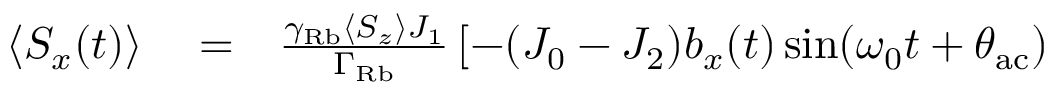
\begin{array} { r l r } { \langle S _ { x } ( t ) \rangle } & { { } = } & { \frac { \gamma _ { \mathrm { R b } } \langle S _ { z } \rangle J _ { 1 } } { \Gamma _ { \mathrm { R b } } } \left[ - ( J _ { 0 } - J _ { 2 } ) b _ { x } ( t ) \sin ( \omega _ { 0 } t + \theta _ { \mathrm { a c } } ) \right. } \end{array}